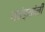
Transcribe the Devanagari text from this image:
गवंड्यांनी